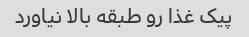
پیک غذا رو طبقه بالا نیاورد